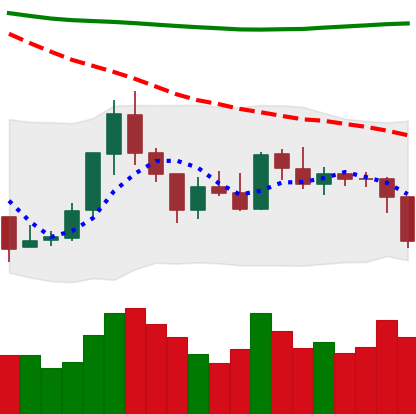
Ticker: ETH-USD
Chart end date: 2018-07-31
Forward return: -5.382%
Label: down_5_7